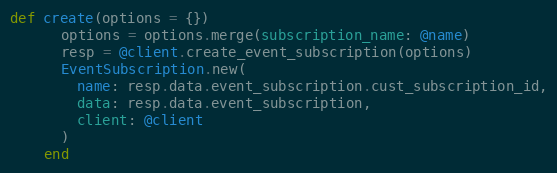
Language: Ruby
def create(options = {})
      options = options.merge(subscription_name: @name)
      resp = @client.create_event_subscription(options)
      EventSubscription.new(
        name: resp.data.event_subscription.cust_subscription_id,
        data: resp.data.event_subscription,
        client: @client
      )
    end